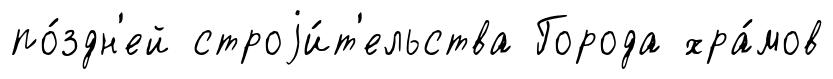
по́здн'ей строjи́т'ельства Города хра́мов